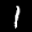
Label: 1